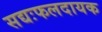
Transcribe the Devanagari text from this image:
सद्यःफलदायक